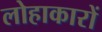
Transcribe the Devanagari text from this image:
लोहाकारों